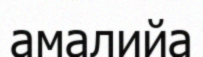
амалийа